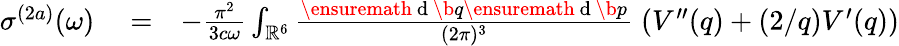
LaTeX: \begin{array}{rlr}{\sigma^{(2a)}(\omega)}&{{}=}&{-\frac{\pi^{2}}{3c\omega}\int_{\mathbb{R}^{6}}\frac{\ensuremath{\mathrm{~d~}}\b{q}\ensuremath{\mathrm{~d~}}\b{p}}{(2\pi)^{3}}\; \left(V^{\prime\prime}(q)+(2/q)V^{\prime}(q)\right)}\end{array}